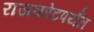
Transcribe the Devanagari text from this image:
राजकोटपर्यंत